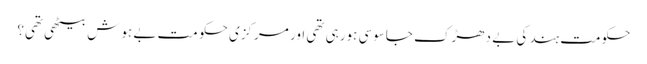
حکومت ہند کی بے دھڑک جاسوسی ہورہی تھی اور مرکزی حکو مت بے ہوش بیٹھی تھی؟